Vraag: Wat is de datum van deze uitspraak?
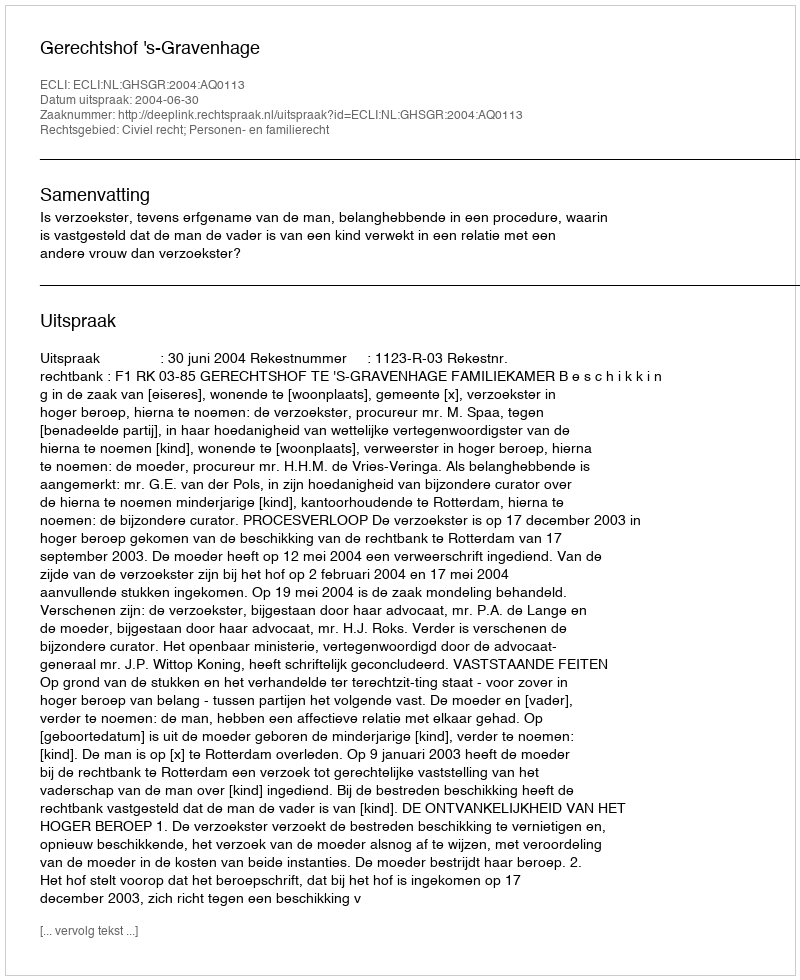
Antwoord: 2004-06-30